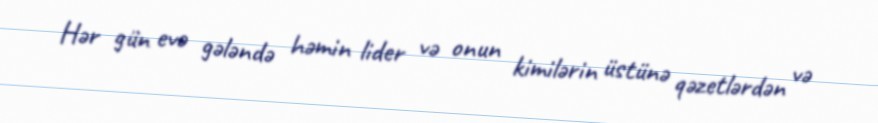
Hər gün evə gələndə həmin lider və onun kimilərin üstünə qəzetlərdən və